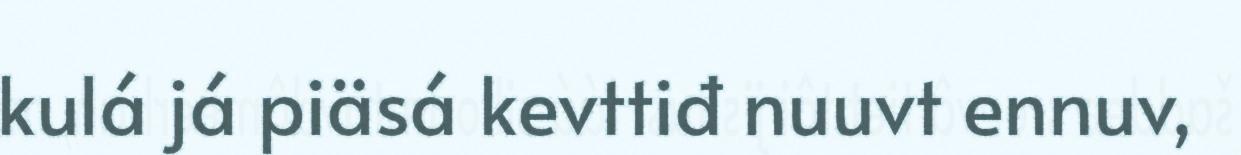
kulá já piäsá kevttiđ nuuvt ennuv,